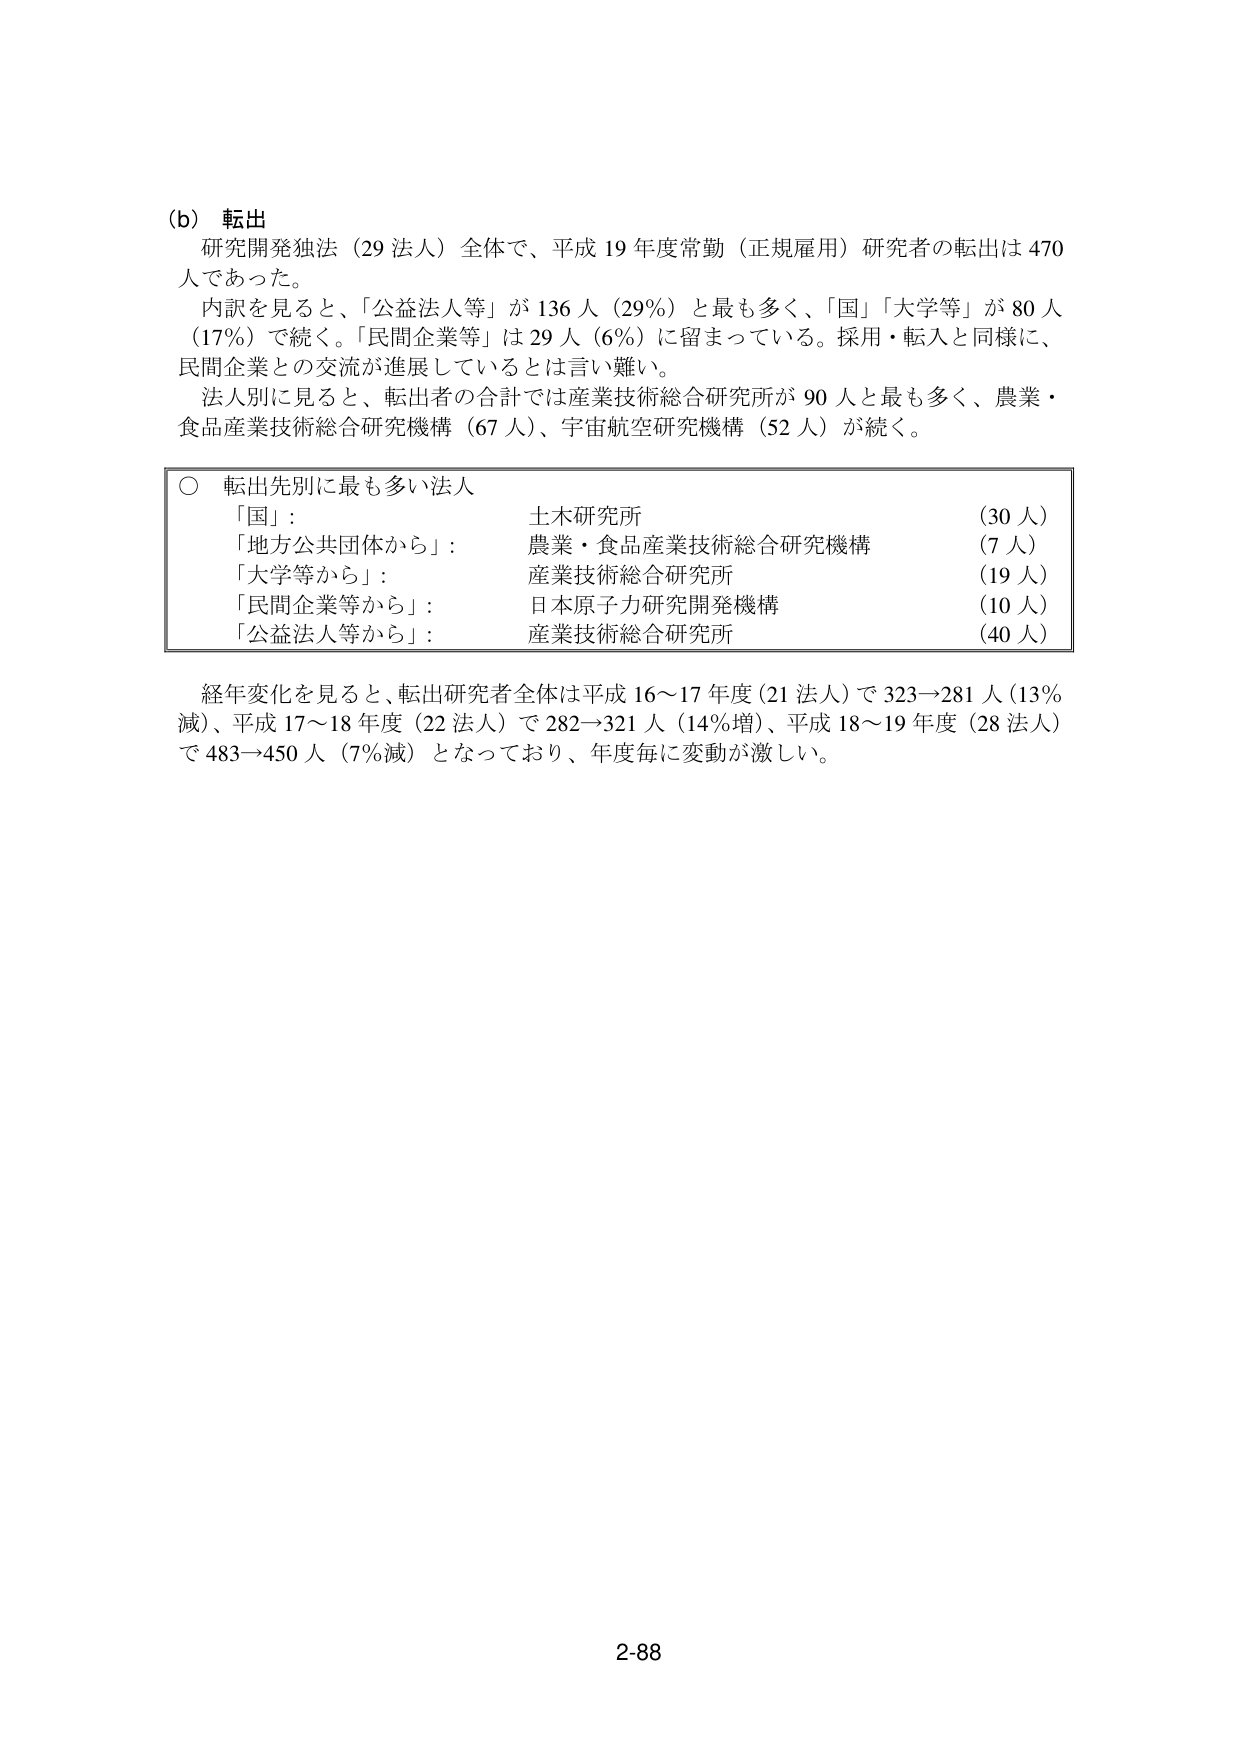
(b) 転出
研究開発独法（29 法人）全体で、平成 19 年度常勤（正規雇用）研究者の転出は 470 人であった。
内訳を見ると、「公益法人等」が 136 人（29%）と最も多く、「国」「大学等」が 80 人（17%）で続く。「民間企業等」は 29 人（6%）に留まっている。採用・転入と同様に、民間企業との交流が進展しているとは言い難い。
法人別に見ると、転出者の合計では産業技術総合研究所が 90 人と最も多く、農業・食品産業技術総合研究機構（67 人）、宇宙航空研究機構（52 人）が続く。

○ 転出先別に最も多い法人
「国」： 土木研究所 （30 人）
「地方公共団体から」： 農業・食品産業技術総合研究機構 （7 人）
「大学等から」： 産業技術総合研究所 （19 人）
「民間企業等から」： 日本原子力研究開発機構 （10 人）
「公益法人等から」： 産業技術総合研究所 （40 人）

経年変化を見ると、転出研究者全体は平成 16～17 年度（21 法人）で 323→281 人（13% 減）、平成 17～18 年度（22 法人）で 282→321 人（14% 増）、平成 18～19 年度（28 法人）で 483→450 人（7% 減）となっており、年度毎に変動が激しい。

2-88